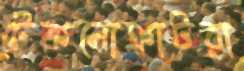
টেকনোক্রাটরা